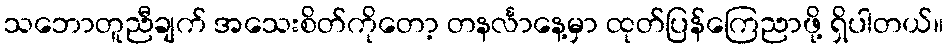
သဘောတူညီချက် အသေးစိတ်ကိုတော့ တနင်္လာနေ့မှာ ထုတ်ပြန်ကြေညာဖို့ ရှိပါတယ်။